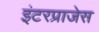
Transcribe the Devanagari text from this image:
इंटरप्राजेस